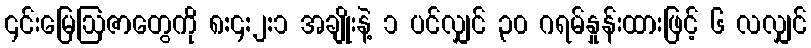
၎င်းမြေဩဇာတွေကို ၈:၄:၂:၁ အချိုးနဲ့ ၁ ပင်လျှင် ၃၀ ဂရမ်နှုန်းထားဖြင့် ၆ လလျှင်